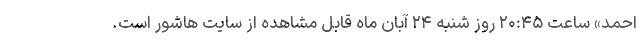
احمد» ساعت ۲۰:۴۵ روز شنبه ۲۴ آبان ماه قابل مشاهده از سایت هاشور است.